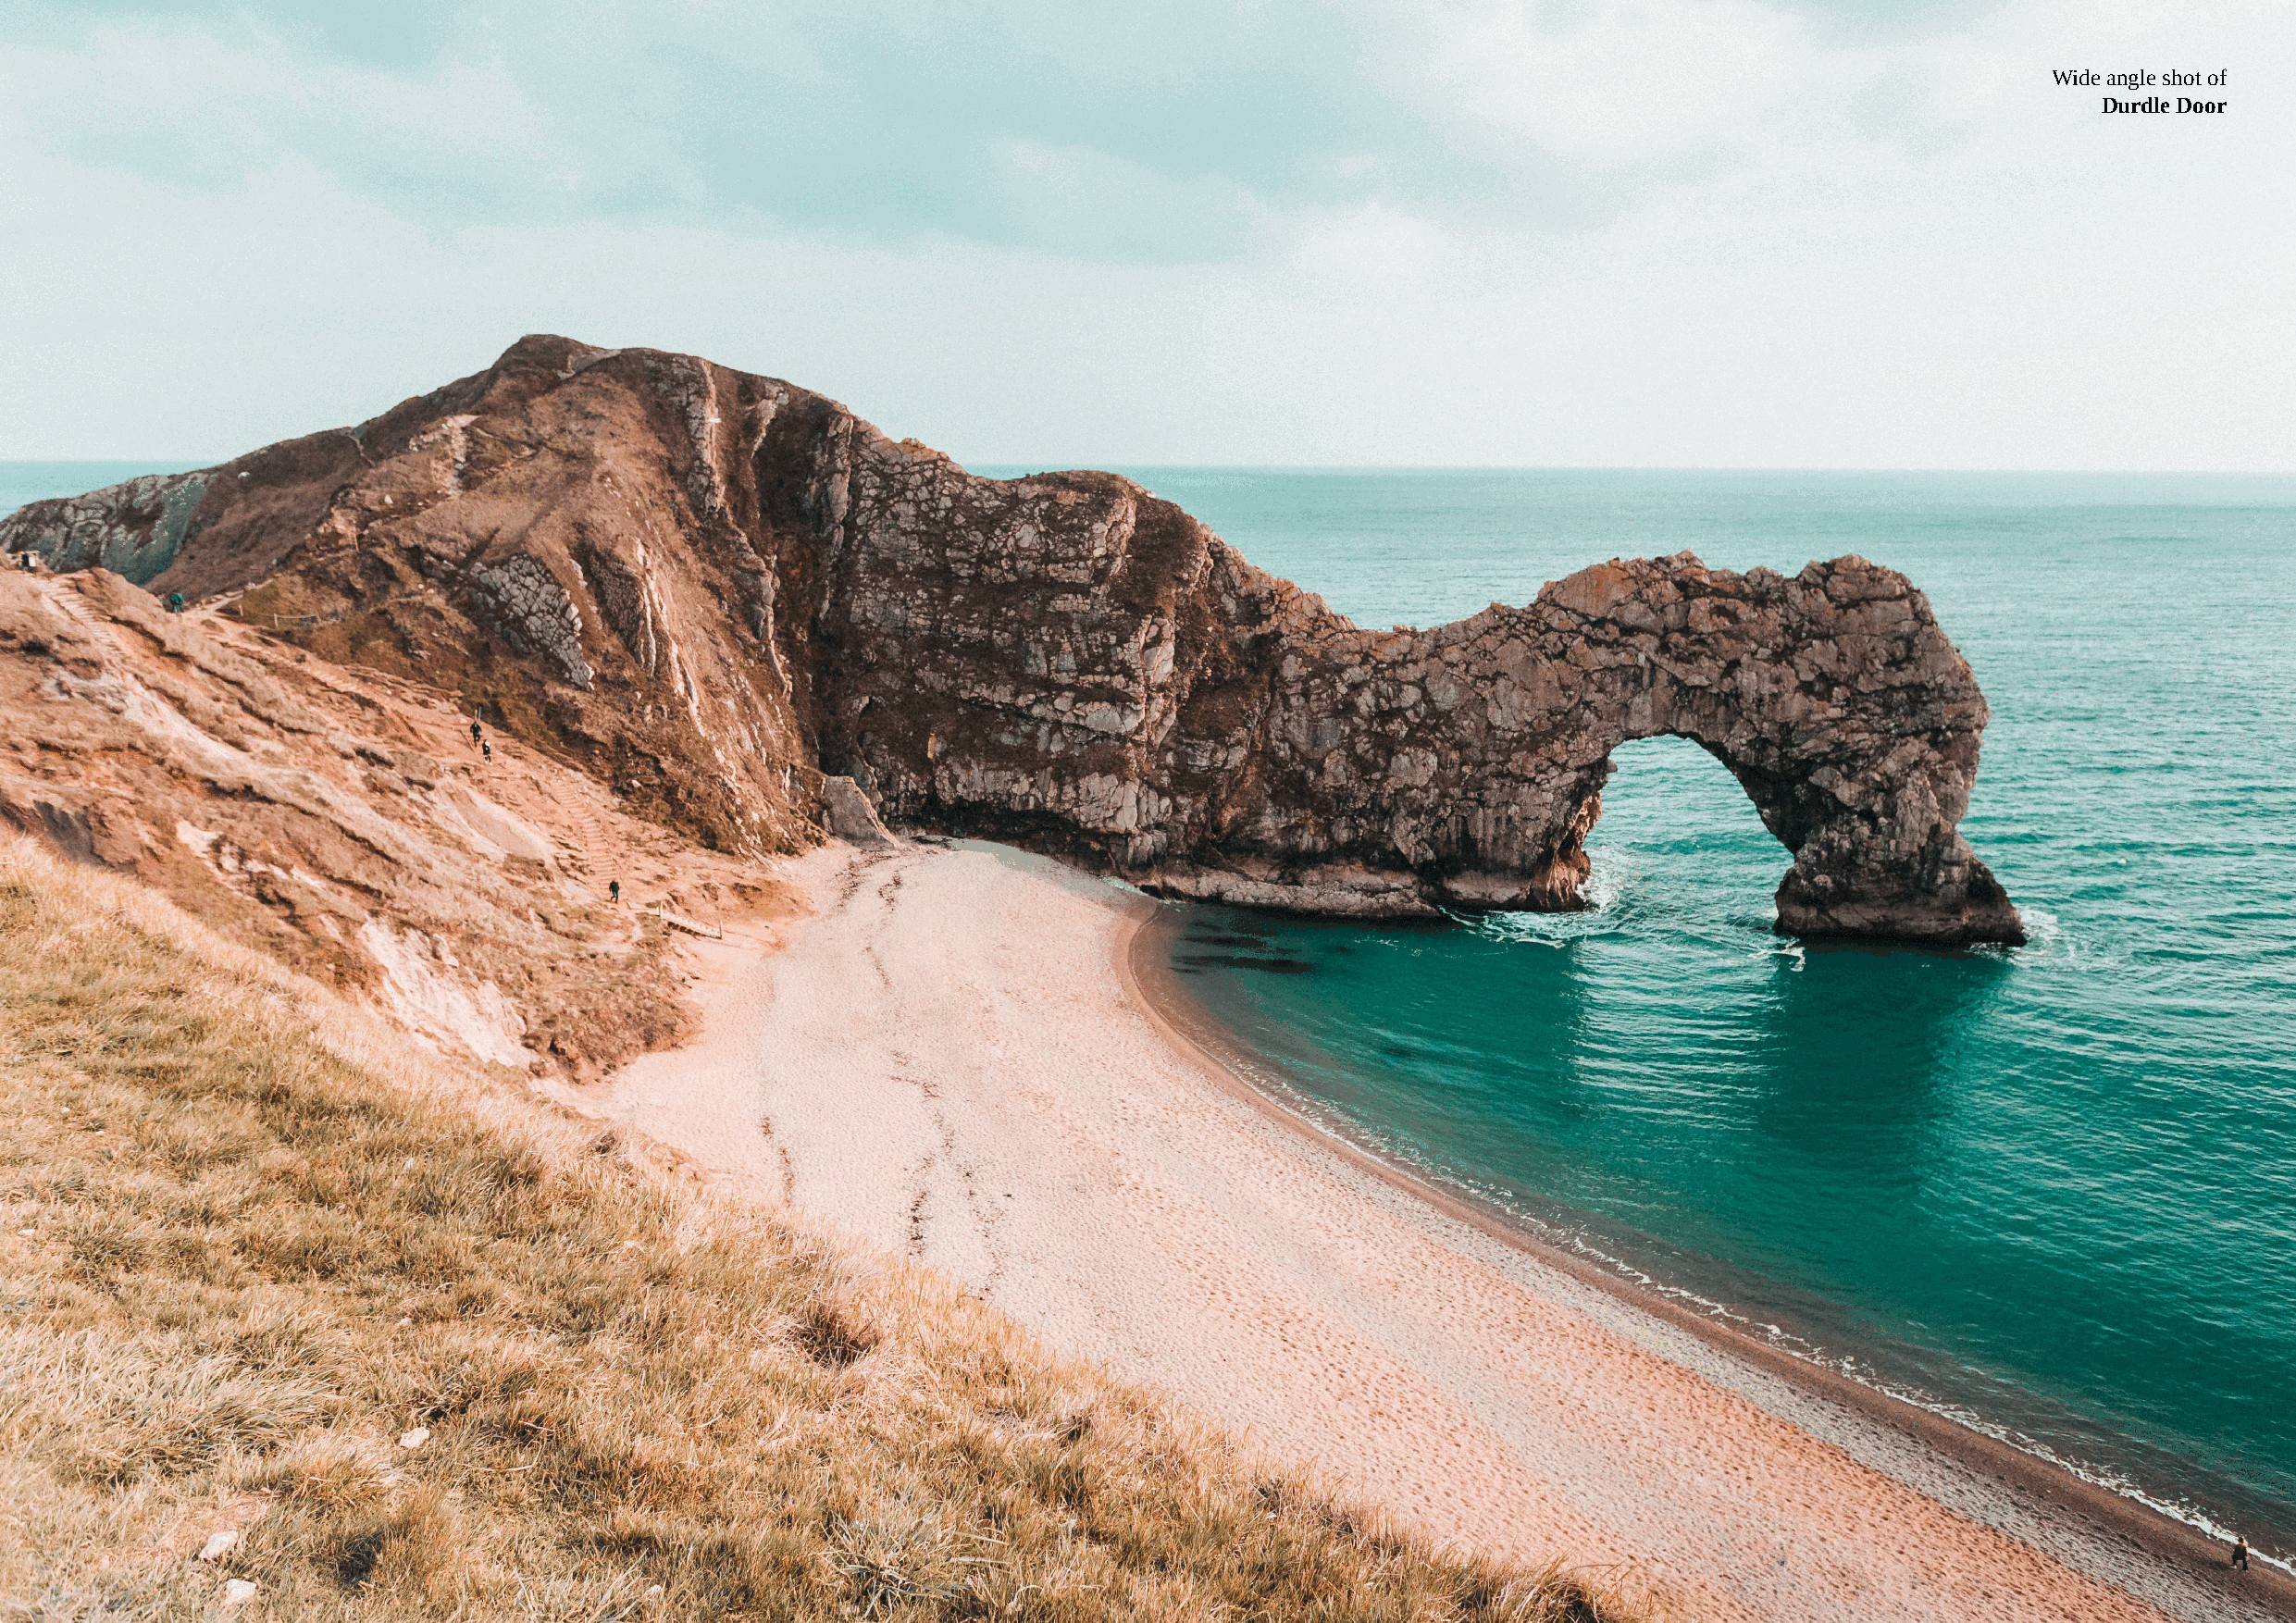
Wide angle shot of
 Durdle Door
 Page 146                                                                                                                                             Page 147